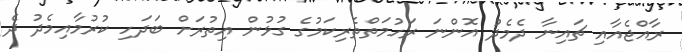
ރާއްޖެއާއި ޗައިނާ ދެމެދު އޮންނަ ރަހުމަތްތެރިކަމުގެ ގުޅުން އިތުރަށް ބަދަހި ކުރުމާއިމެދު ދެ